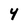
Character: 4